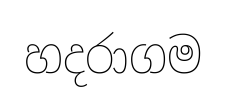
හදරාගම